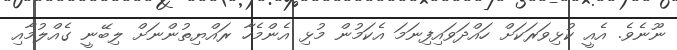
ނޫނެވެ. އެއީ ކުޅިވަރަކަށް ހައްދަވައިފިނަމަ އެކަމުން މުޅި އެންމެހާ ރައްޔިތުންނަށް ލިބޭނީ ގެއްލުމާއި